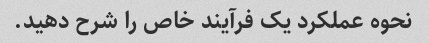
نحوه عملکرد یک فرآیند خاص را شرح دهید.